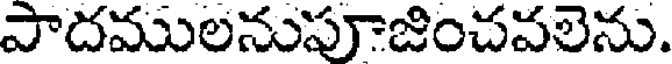
పాదములనుపూజించవలెను.